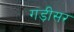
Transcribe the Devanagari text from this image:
गड़ीसर